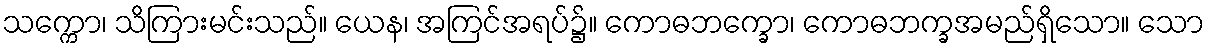
သက္ကော၊ သိကြားမင်းသည်။ ယေန၊ အကြင်အရပ်၌။ ကောဓဘက္ခော၊ ကောဓဘက္ခအမည်ရှိသော။ သော